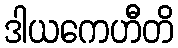
ဒါယကေဟီတိ